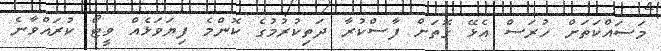
މަސައްކަތަށް ހުރަސް އެޅޭ ގޮތަށް ފާސްކުރާ ދަތިކުރުމުގެ ކޮންމެ ފިޔަވަޅެއް ވީޓޯ ކުރައްވާނެ